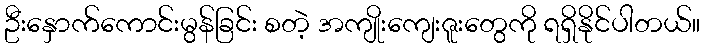
ဦးနှောက်ကောင်းမွန်ခြင်း စတဲ့ အကျိုးကျေးဇူးတွေကို ရရှိနိုင်ပါတယ်။